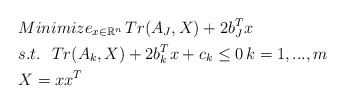
\begin{align*} & Minimize_{ x\in \mathbb{R}^n}\, Tr(A_J,X)+2b_J^Tx\\ &s.t.\ \ Tr(A_k,X)+2b_k^Tx+c_k\le0\,k=1,...,m\\ &X=xx^T \end{align*}